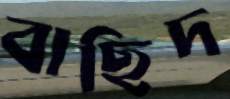
বাছিদ